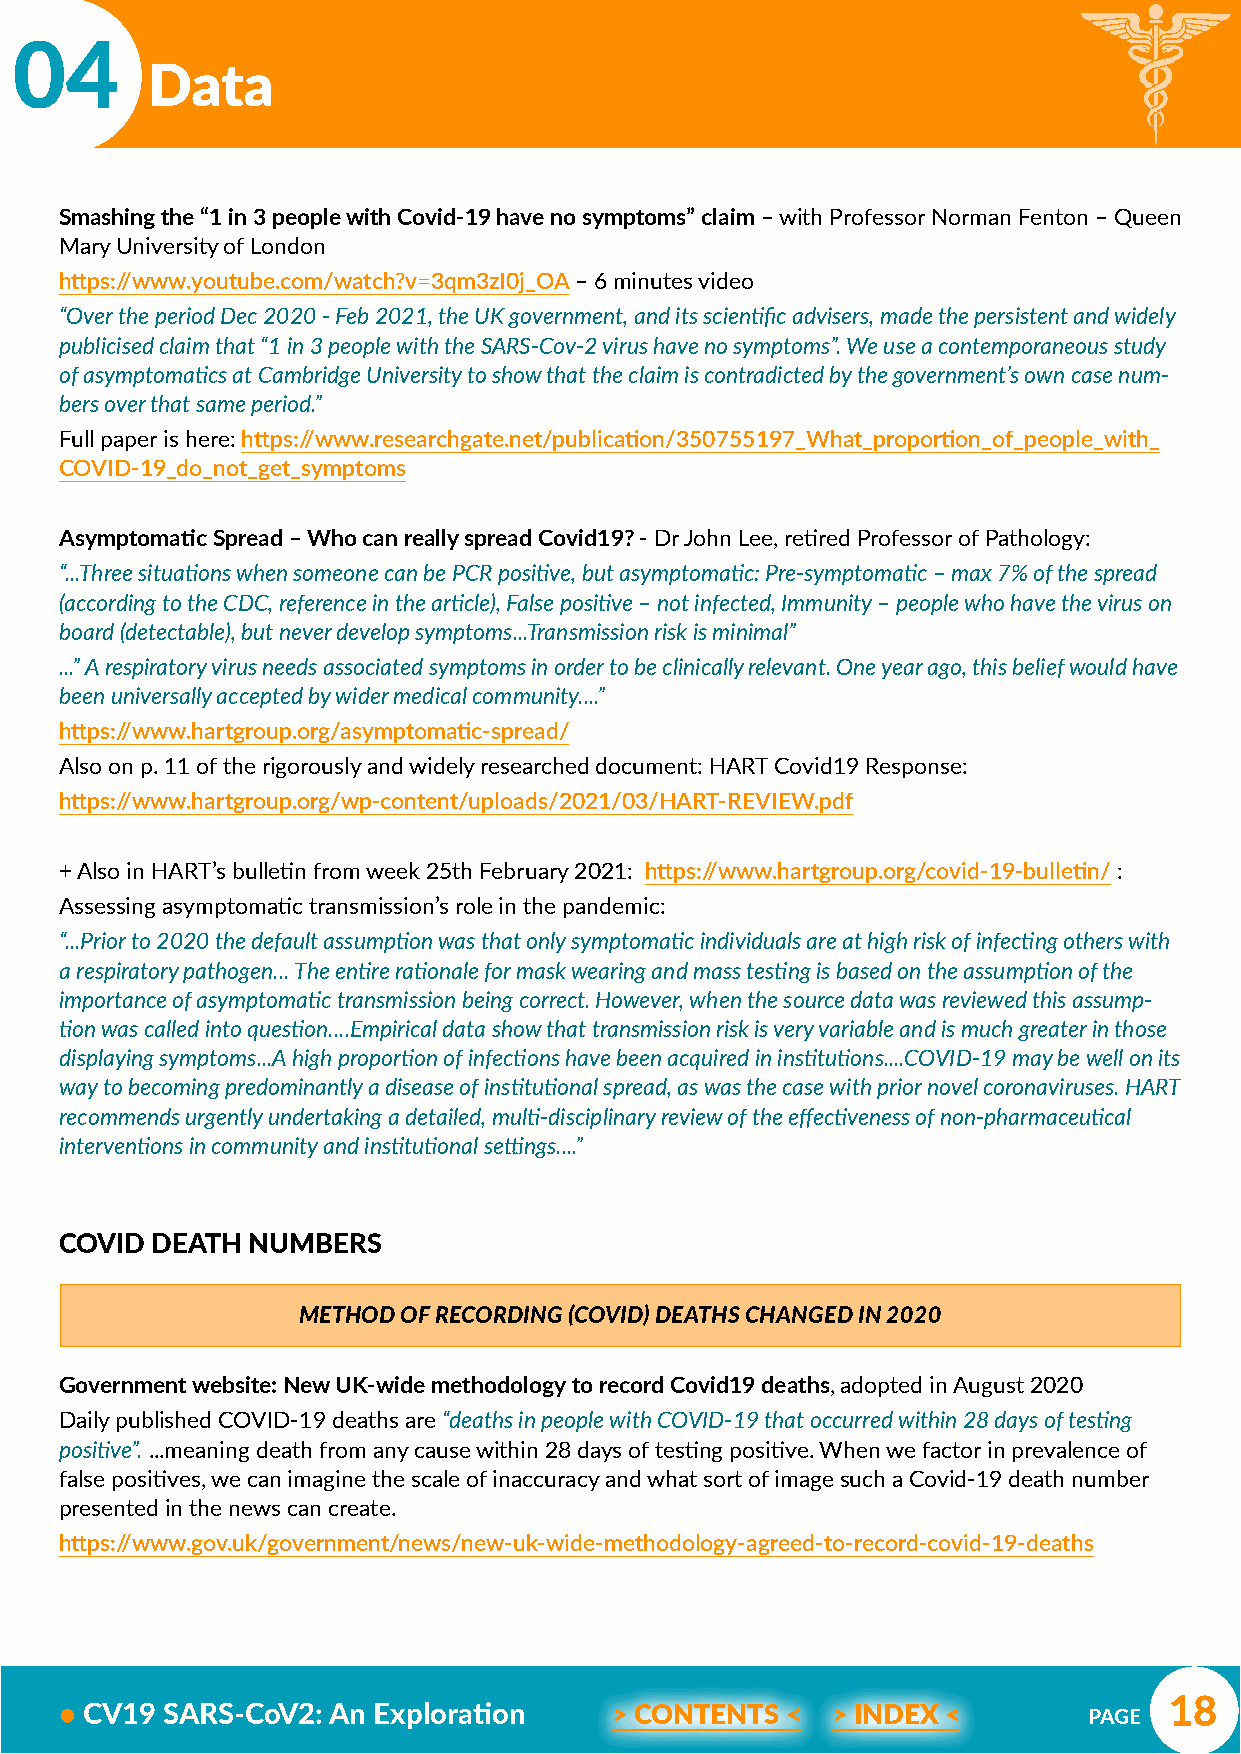
04
 Data
 Smashing the “1 in 3 people with Covid-19 have no symptoms” claim – with Professor Norman Fenton – Queen
 Mary University of London
 https://www.youtube.com/watch?v=3qm3zI0j_OA – 6 minutes video
 “Over the period Dec 2020 - Feb 2021, the UK government, and its scientific advisers, made the persistent and widely
 publicised claim that “1 in 3 people with the SARS-Cov-2 virus have no symptoms”. We use a contemporaneous study
 of asymptomatics at Cambridge University to show that the claim is contradicted by the government’s own case num-
 bers over that same period.”
 Full paper is here: https://www.researchgate.net/publication/350755197_What_proportion_of_people_with_
 COVID-19_do_not_get_symptoms
 Asymptomatic Spread – Who can really spread Covid19? - Dr John Lee, retired Professor of Pathology:
 “...Three situations when someone can be PCR positive, but asymptomatic: Pre-symptomatic – max 7% of the spread
 (according to the CDC, reference in the article), False positive – not infected, Immunity – people who have the virus on
 board (detectable), but never develop symptoms...Transmission risk is minimal”
 ...” A respiratory virus needs associated symptoms in order to be clinically relevant. One year ago, this belief would have
 been universally accepted by wider medical community....”
 https://www.hartgroup.org/asymptomatic-spread/
 Also on p. 11 of the rigorously and widely researched document: HART Covid19 Response:
 https://www.hartgroup.org/wp-content/uploads/2021/03/HART-REVIEW.pdf
 + Also in HART’s bulletin from week 25th February 2021: https://www.hartgroup.org/covid-19-bulletin/ :
 Assessing asymptomatic transmission’s role in the pandemic:
 “...Prior to 2020 the default assumption was that only symptomatic individuals are at high risk of infecting others with
 a respiratory pathogen... The entire rationale for mask wearing and mass testing is based on the assumption of the
 importance of asymptomatic transmission being correct. However, when the source data was reviewed this assump-
 tion was called into question....Empirical data show that transmission risk is very variable and is much greater in those
 displaying symptoms...A high proportion of infections have been acquired in institutions....COVID-19 may be well on its
 way to becoming predominantly a disease of institutional spread, as was the case with prior novel coronaviruses. HART
 recommends urgently undertaking a detailed, multi-disciplinary review of the effectiveness of non-pharmaceutical
 interventions in community and institutional settings....”
 COVID DEATH NUMBERS
 METHOD OF RECORDING (COVID) DEATHS CHANGED IN 2020
 Government website: New UK-wide methodology to record Covid19 deaths, adopted in August 2020
 Daily published COVID-19 deaths are “deaths in people with COVID-19 that occurred within 28 days of testing
 positive”. ...meaning death from any cause within 28 days of testing positive. When we factor in prevalence of
 false positives, we can imagine the scale of inaccuracy and what sort of image such a Covid-19 death number
 presented in the news can create.
 https://www.gov.uk/government/news/new-uk-wide-methodology-agreed-to-record-covid-19-deaths
 18
 • CV19 SARS-CoV2: An Exploration     > CONTENTS <  > INDEX <        PAGE